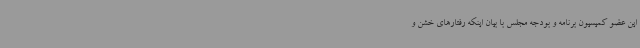
این عضو کمیسیون برنامه و بودجه مجلس با بیان اینکه رفتارهای خشن و